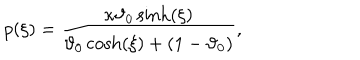
p ( \xi ) = \frac { \kappa \vartheta _ { 0 } \sinh ( \xi ) } { \vartheta _ { 0 } \cosh ( \xi ) + ( 1 - \vartheta _ { 0 } ) } ,